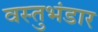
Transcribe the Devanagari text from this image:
वस्तुभंडार